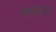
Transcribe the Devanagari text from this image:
रुलवाना